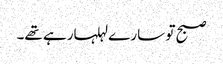
صبح تو سارے لہلہارہے تھے۔